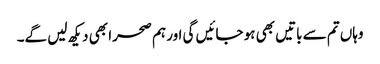
وہاں تم سے باتیں بھی ہو جائیں گی اور ہم صحرا بھی دیکھ لیں گے۔